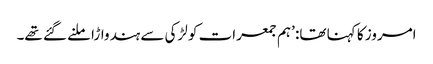
امروز کا کہنا تھا: ’ہم جمعرات کو لڑکی سے ہندواڑا ملنے گئے تھے۔